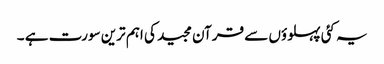
یہ کئی پہلوؤں سے قرآن مجید کی اہم ترین سورت ہے ۔